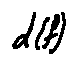
d ( f )